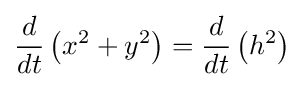
{\frac {d}{dt}}\left(x^{2}+y^{2}\right)={\frac {d}{dt}}\left(h^{2}\right)